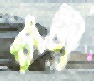
চাচী